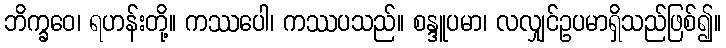
ဘိက္ခဝေ၊ ရဟန်းတို့။ ကဿပေါ၊ ကဿပသည်။ စန္ဒူပမာ၊ လလျှင်ဥပမာရှိသည်ဖြစ်၍။